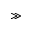
\gg